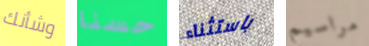
وشأنك حسنا باستثناء مراسيم